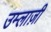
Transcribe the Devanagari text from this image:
उम्लाज़ी